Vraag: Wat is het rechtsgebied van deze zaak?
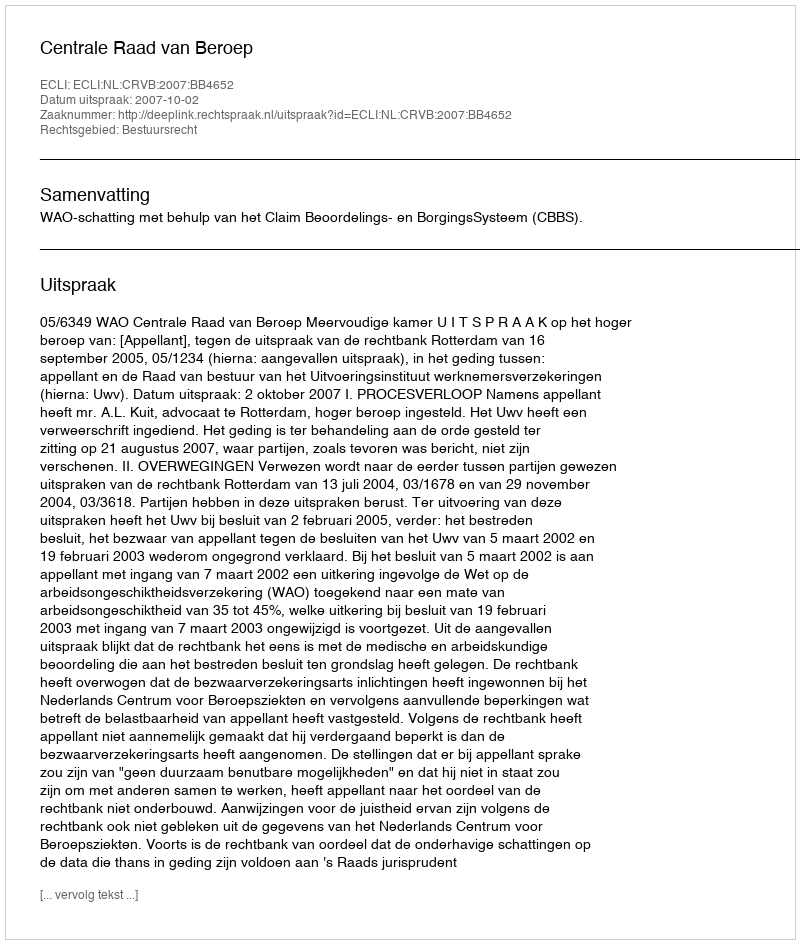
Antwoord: Bestuursrecht